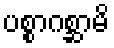
ပစ္စာဂစ္ဆာမိ